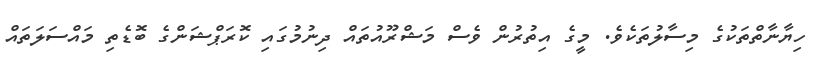
ހިޔާނާތްތަކުގެ މިސާލުތަކެވެ. މީގެ އިތުރުން ވެސް މަޝްރޫއުތައް ދިނުމުގައި ކޮރަޕްޝަންގެ ބޮޑެތި މައްސަލަތައް